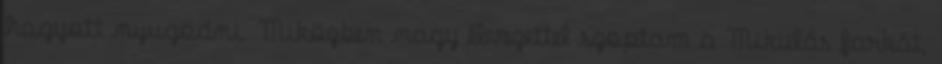
hagyott nyugodni. Miközben nagy élvezettel szoptam a Mikulás farkát,